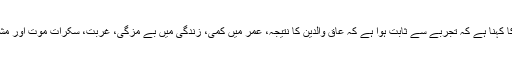
[16] ملا احمد نراقی کا کہنا ہے کہ تجربے سے ثابت ہوا ہے کہ عاق والدین کا نتیجہ، عمر میں کمی، زندگی میں بے مزگی، غربت، سکرات موت اور مشکل سے جان دینا ہے۔